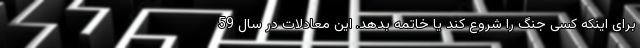
برای اینکه کسی جنگ را شروع کند یا خاتمه بدهد. این معادلات در سال 59